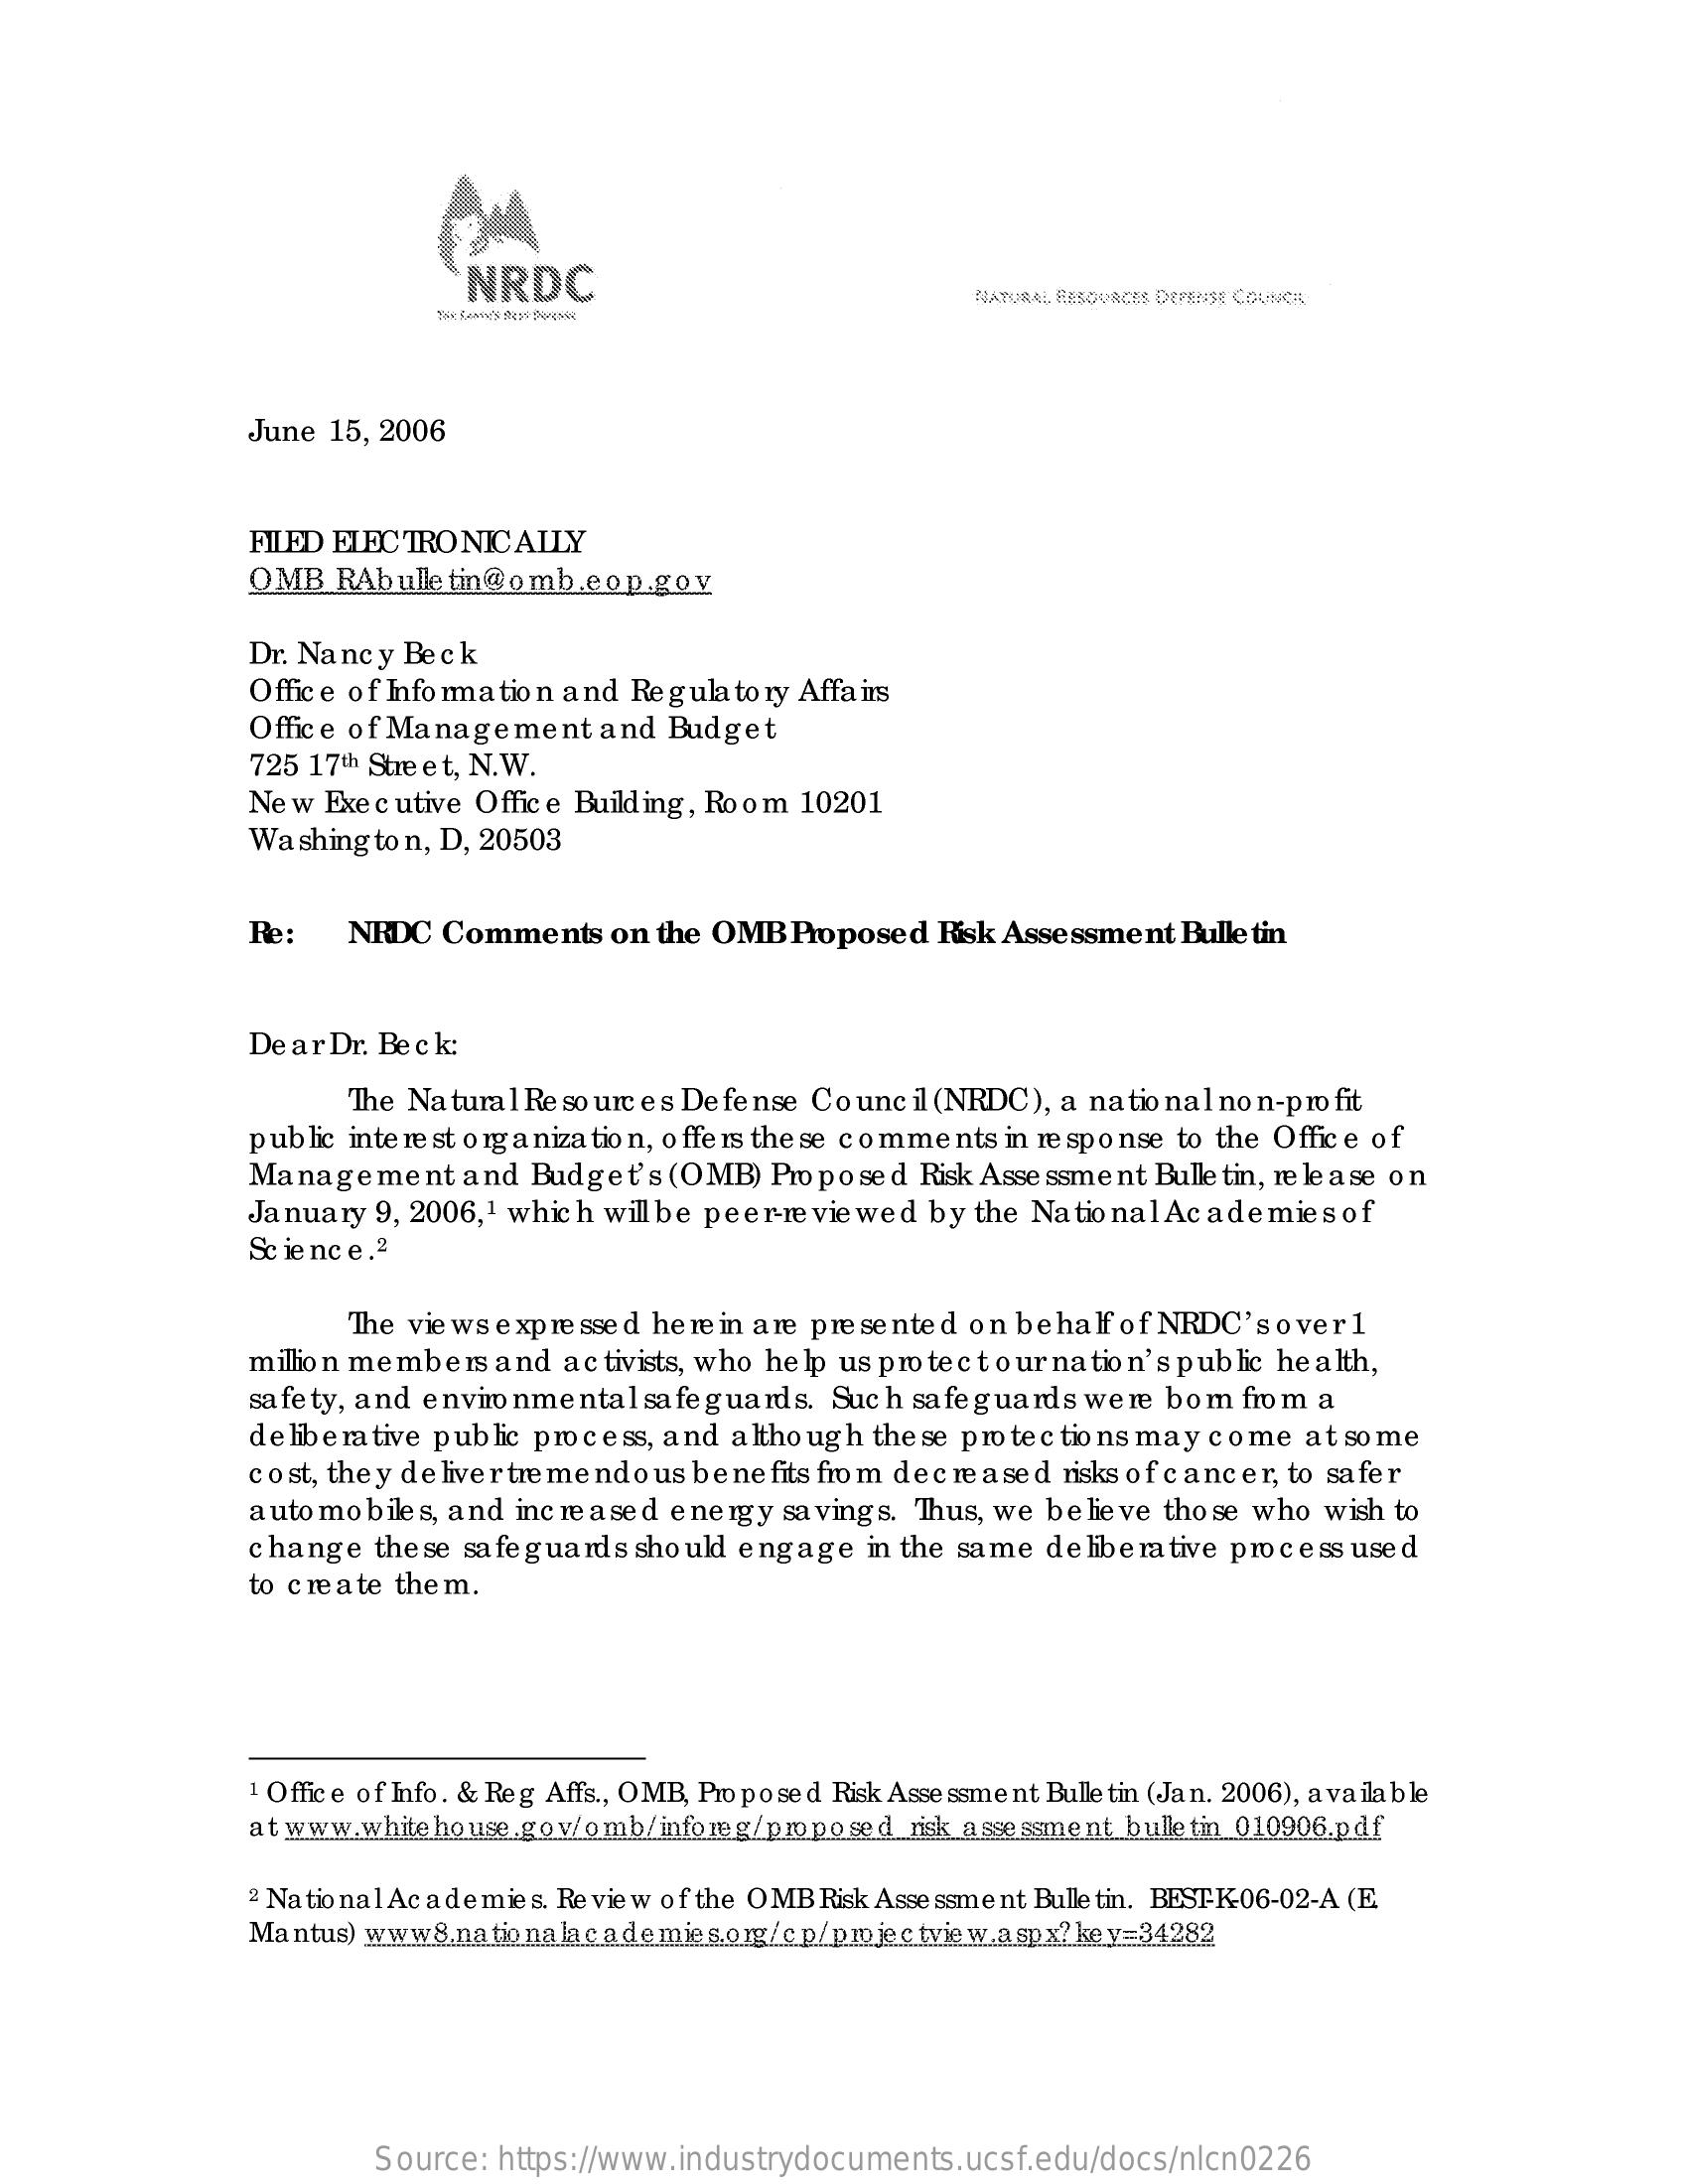
NRDC
     NATURAL RESOURCES DEFENSE COUNCH
     June 15, 2006
     FILED ELECTRONICALLY
     OMB  RAbulletin@omb.eop.gov
     Dr. Nancy Beck
     Office of Information and Regulatory Affairs
     Office of Management   and Budget
     725 17th Street, N.W.
     New Executive Office Building, Room 10201
     Washington, D, 20503
     Re:   NRDC  Comments   on the OMB  Proposed  Risk Assessment Bulletin
     Dear Dr. Beck:
     The Natural Re so une e s Defense Council (NRDC), a national non-profit
     public interest organization, o ffe Is the se comments in response to the Office of
     Management   and  Budget's (OMB)  Proposed  Risk Assessment Bulle tin, re le a se on
     January 9, 2006,1 which willbe peer-reviewed by the NationalAcademiesof
     Science.2
     The views expressed here in are presented on behalf of NRDC's over 1
     million members and activists, who help us protectournation's public health,
     safety, and environmental safeguards. Such safeguards  were bom  from a
     deliberative public process, and although the se protections may come at some
     cost, the y de liver tre mendo us bene fits from decreased risks of cancer, to safer
     auto mobiles, and incre ased energy saving s. Thus, we believe those who wish to
     change  these safeguards should engage  in the same deliberative process used
     to create them.
     1 Office of Info. & Reg Affs ., OMB, Proposed Risk Assessment Bulle tin (Jan. 2006), available
     atwww.whitehouse.gov/omb/inforeg/pmposed   risk assessment bulletin 010906.pdf
     2 NationalAcademies. Review of the OMB Risk Assessment Bulletin. BEST-K-06-02-A (E.
     Mantus) www8.nationalacademies.org/c.p/p.mojec.tview.aspx? key=34282
     Source: https://www.industrydocuments.ucsf.edu/docs/nlcn0226